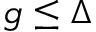
g \le \Delta